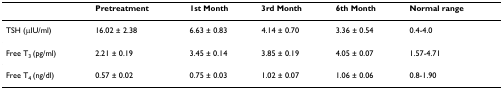
|  | Pretreatment | 1st Month | 3rd Month | 6th Month | Normal range |
 | --- | --- | --- | --- | --- | --- |
 | TSH (μIU/ml) | 16.02 ± 2.38 | 6.63 ± 0.83 | 4.14 ± 0.70 | 3.36 ± 0.54 | 0.4-4.0 |
 | Free T3 (pg/ml) | 2.21 ± 0.19 | 3.45 ± 0.14 | 3.85 ± 0.19 | 4.05 ± 0.07 | 1.57-4.71 |
 | Free T4 (ng/dl) | 0.57 ± 0.02 | 0.75 ± 0.03 | 1.02 ± 0.07 | 1.06 ± 0.06 | 0.8-1.90 |